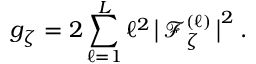
g _ { \zeta } = 2 \sum _ { \ell = 1 } ^ { L } \ell ^ { 2 } \, \big | \mathop { \mathcal { F } _ { \zeta } ^ { ( \ell ) } } \big | ^ { 2 } \: .